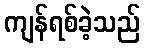
ကျန်ရစ်ခဲ့သည်